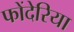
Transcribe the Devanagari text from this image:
फोंदेरिया